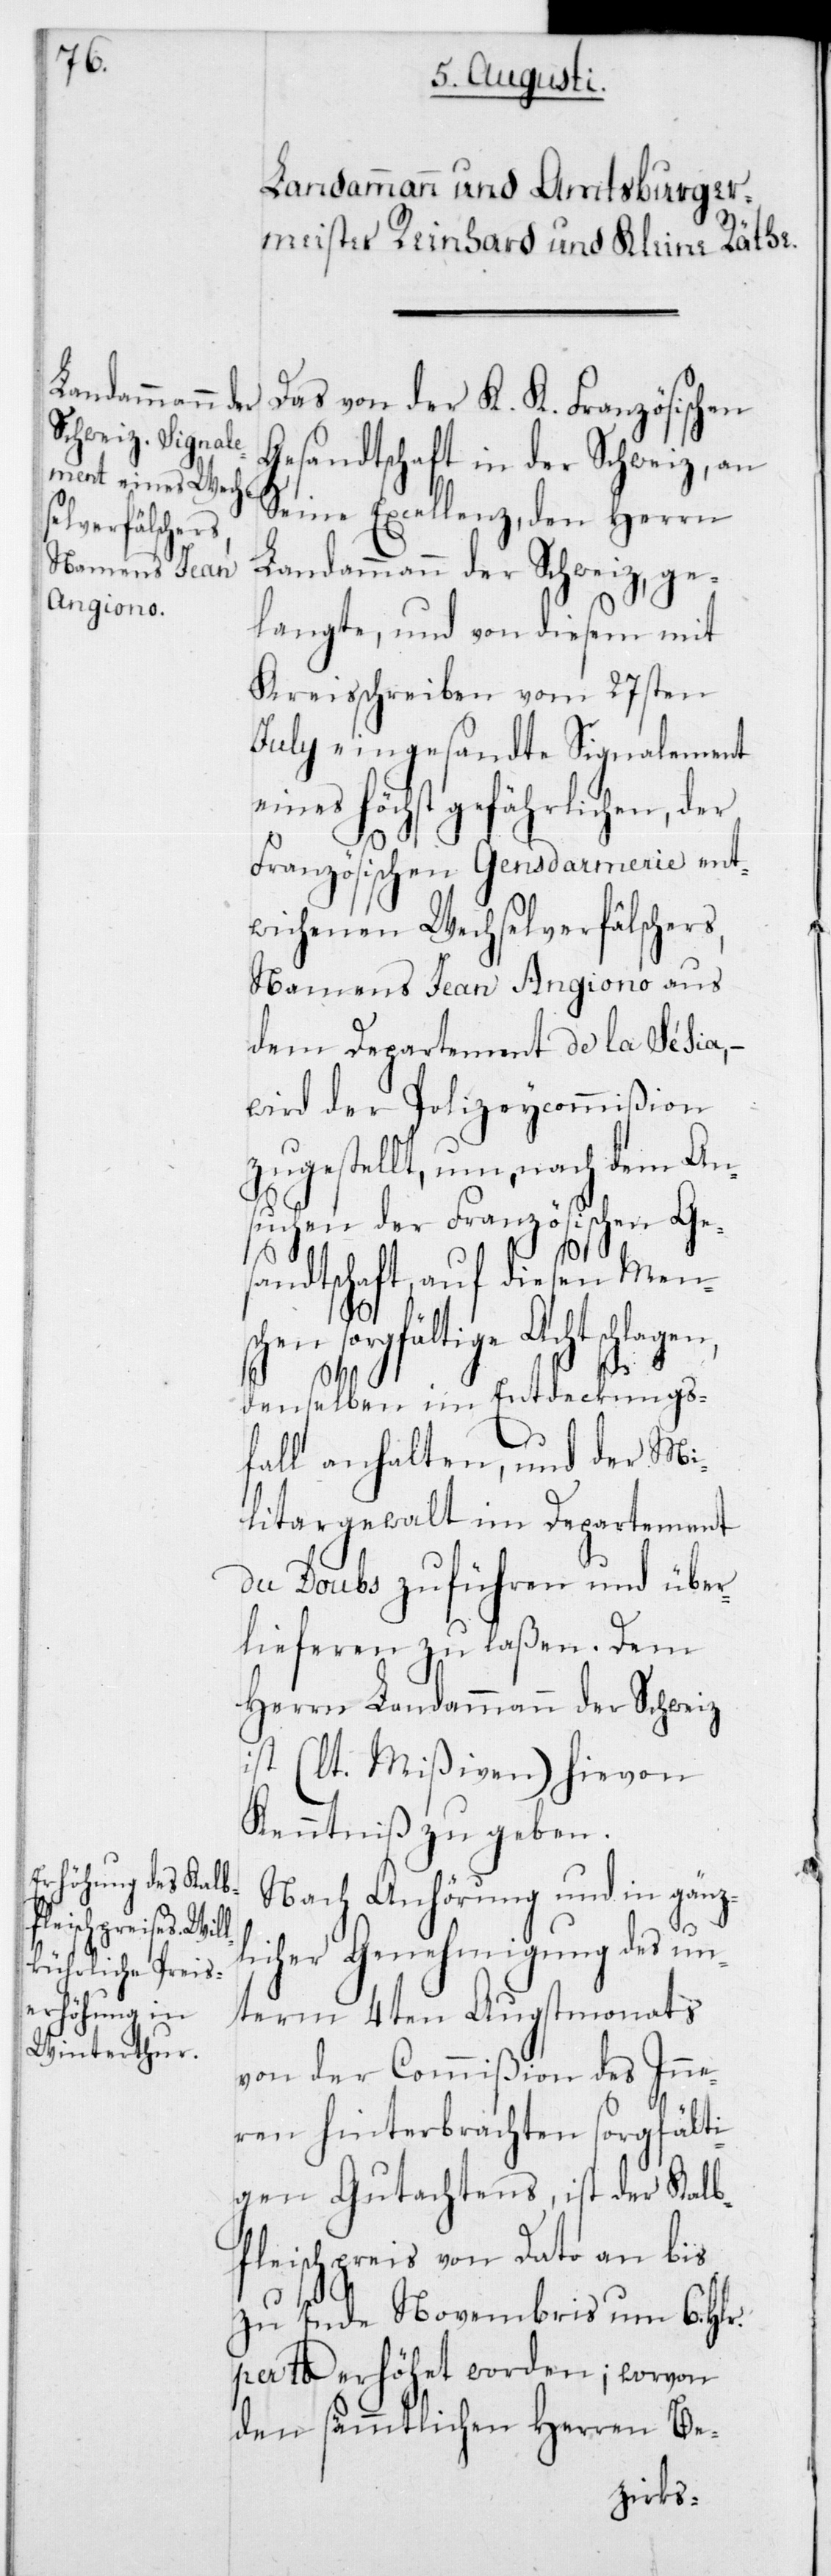
Das von der K. K. Französischen
Gesandtschaft in der Schweiz, an
Seine Excellenz,den Herrn
Landammann der Schweiz, ge¬
langte, und von diesem mit
Kreisschreiben vom 27sten
July eingesandte Signalement
ines höchst gefährlichen, der
Französischen Gendarmerie ent¬
wichenen Wechselverfälschers,
Namens Jean Angiono aus
dem Departement de la Sésia, –
wird der Polizeycommißion
zugestellt, um, nach dem An¬
suchen der Französischen Ges¬
andtschaft auf diesen Men¬
schen sorgfältige Acht schlagen,
e¬
denselben im Entdeckungs¬
fall anhalten und der Mi¬
litargewalt im Departement
du Doubs zuführen und über¬
lieferen zu laßen. Dem
Herrn Landammann der Schweiz
ist (laut Mißiven) hievon
Kenntniß zu geben.
Nach Anhörung und in gänz¬
licher Genehmigung des un¬
term 4ten Augstmonats
von der Commißion des Inn¬
eren hinterbrachten sorgfälti¬
gen Gutachtens, ist der Kalb¬
fleischpreis von dato an bis
zu Ende Novembris um 6 Hlr.
per lb. erhöhet worden; worvon
den sämmtlichen Herren Be-